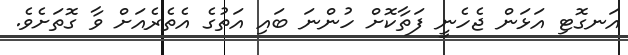
އަނގޮޓި އަޅަން ޖެހެނީ ފަތާކޮށް ހުންނަ ބައި އަތުގެ އެތެރެއަށް ވާ ގޮތަށެވެ.